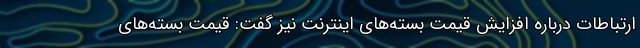
ارتباطات درباره افزایش قیمت بسته‌های اینترنت نیز گفت: قیمت بسته‌های